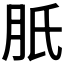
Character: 𦙆